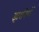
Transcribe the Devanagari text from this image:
झरनियों